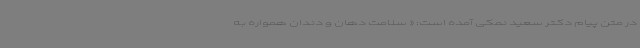
در متن پیام دکتر سعید نمکی آمده است: « سلامت دهان و دندان همواره به